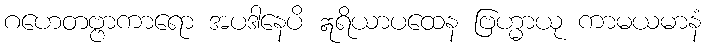
ဂဟေတဗ္ဗာကာရော အပဒါနေပိ ဣရိယာပထေန ဗြဟ္မာယု ကာမယမာနံ